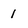
Character: 1